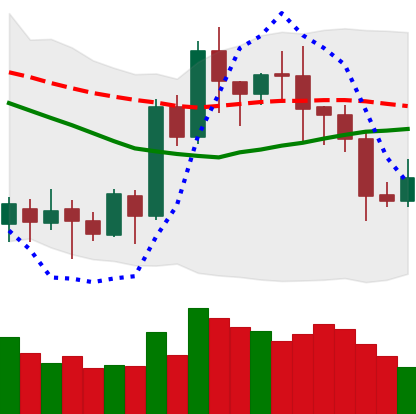
Ticker: LTC-USD
Chart end date: 2020-07-18
Forward return: 5.714%
Label: up_5_7